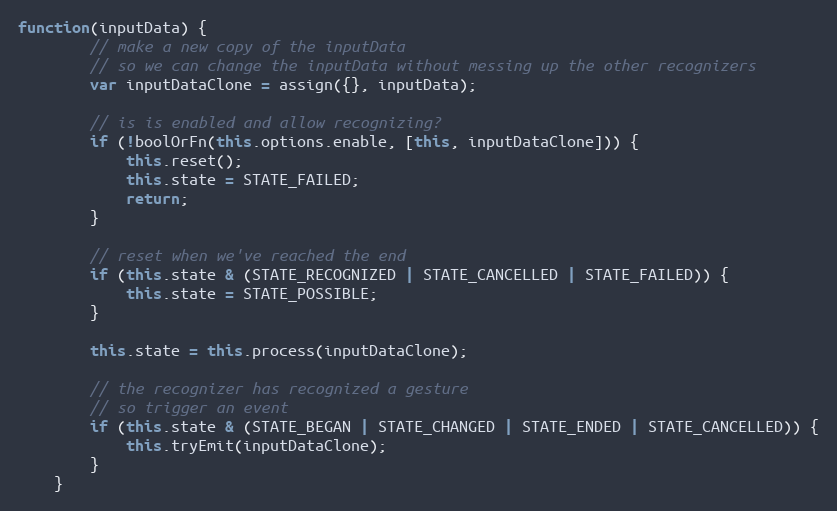
Language: JavaScript
function(inputData) {
        // make a new copy of the inputData
        // so we can change the inputData without messing up the other recognizers
        var inputDataClone = assign({}, inputData);

        // is is enabled and allow recognizing?
        if (!boolOrFn(this.options.enable, [this, inputDataClone])) {
            this.reset();
            this.state = STATE_FAILED;
            return;
        }

        // reset when we've reached the end
        if (this.state & (STATE_RECOGNIZED | STATE_CANCELLED | STATE_FAILED)) {
            this.state = STATE_POSSIBLE;
        }

        this.state = this.process(inputDataClone);

        // the recognizer has recognized a gesture
        // so trigger an event
        if (this.state & (STATE_BEGAN | STATE_CHANGED | STATE_ENDED | STATE_CANCELLED)) {
            this.tryEmit(inputDataClone);
        }
    }